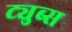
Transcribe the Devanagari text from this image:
ट्युब्स